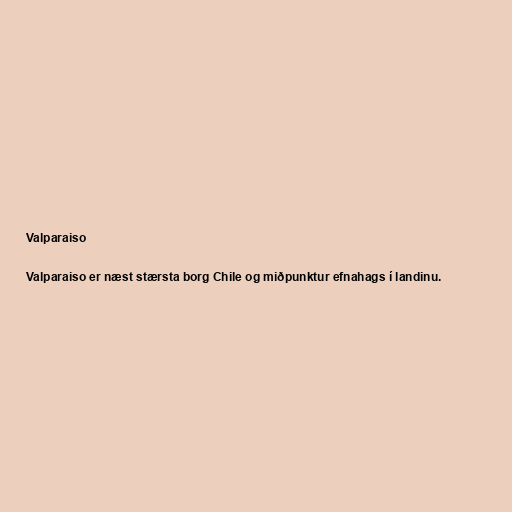
Valparaiso

Valparaiso er næst stærsta borg Chile og miðpunktur efnahags í landinu.